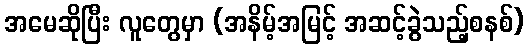
အမေဆိုပြီး လူတွေမှာ (အနိမ့်အမြင့် အဆင့်ခွဲသည့်စနစ်)